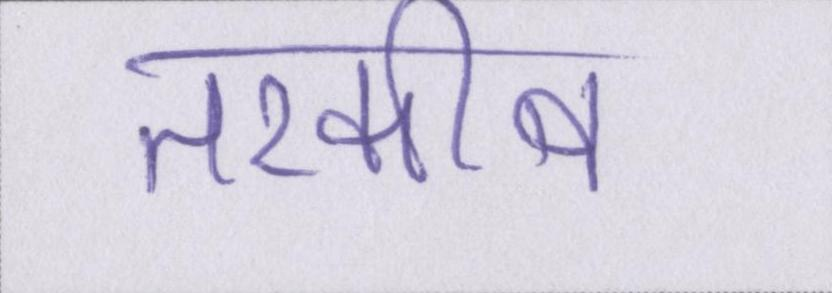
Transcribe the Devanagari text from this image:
तरकीब